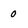
Character: O